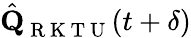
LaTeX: \hat{\textbf{Q}}_{\mathrm{~R~K~T~U~}}(t+\delta)